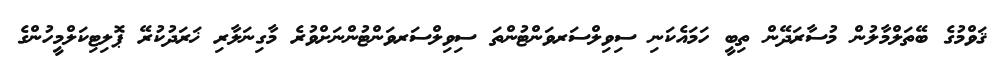
ޤަވްމުގެ ބޭތަލްމާލުން މުސާރަދޭން ތިބީ ހަމައެކަނި ސިވިލްސަރވަންޓުންތަ ސިވިލްސަރވަންޓުންނަށްވުރެ މާގިނަލާރި ޚަރަދުކުރޭ ޕޮލިޓިކަލްމީހުންގެ